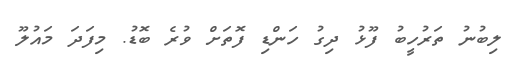
ލިބުނު ތަރުހީބު ފޫޅު ދިގު ހަންޑި ފޮތަށް ވުރެ ބޮޑު. މިފަދަ މައުލޫ